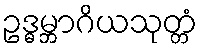
ဥဒ္ဓမ္ဘာဂိယသုတ္တံ